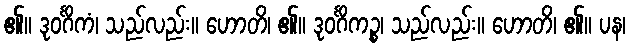
၏။ ဒုဝင်္ဂိကံ၊ သည်လည်း။ ဟောတိ၊ ၏။ ဒုဝင်္ဂိကဉ္စ၊ သည်လည်း။ ဟောတိ၊ ၏။ ပန၊